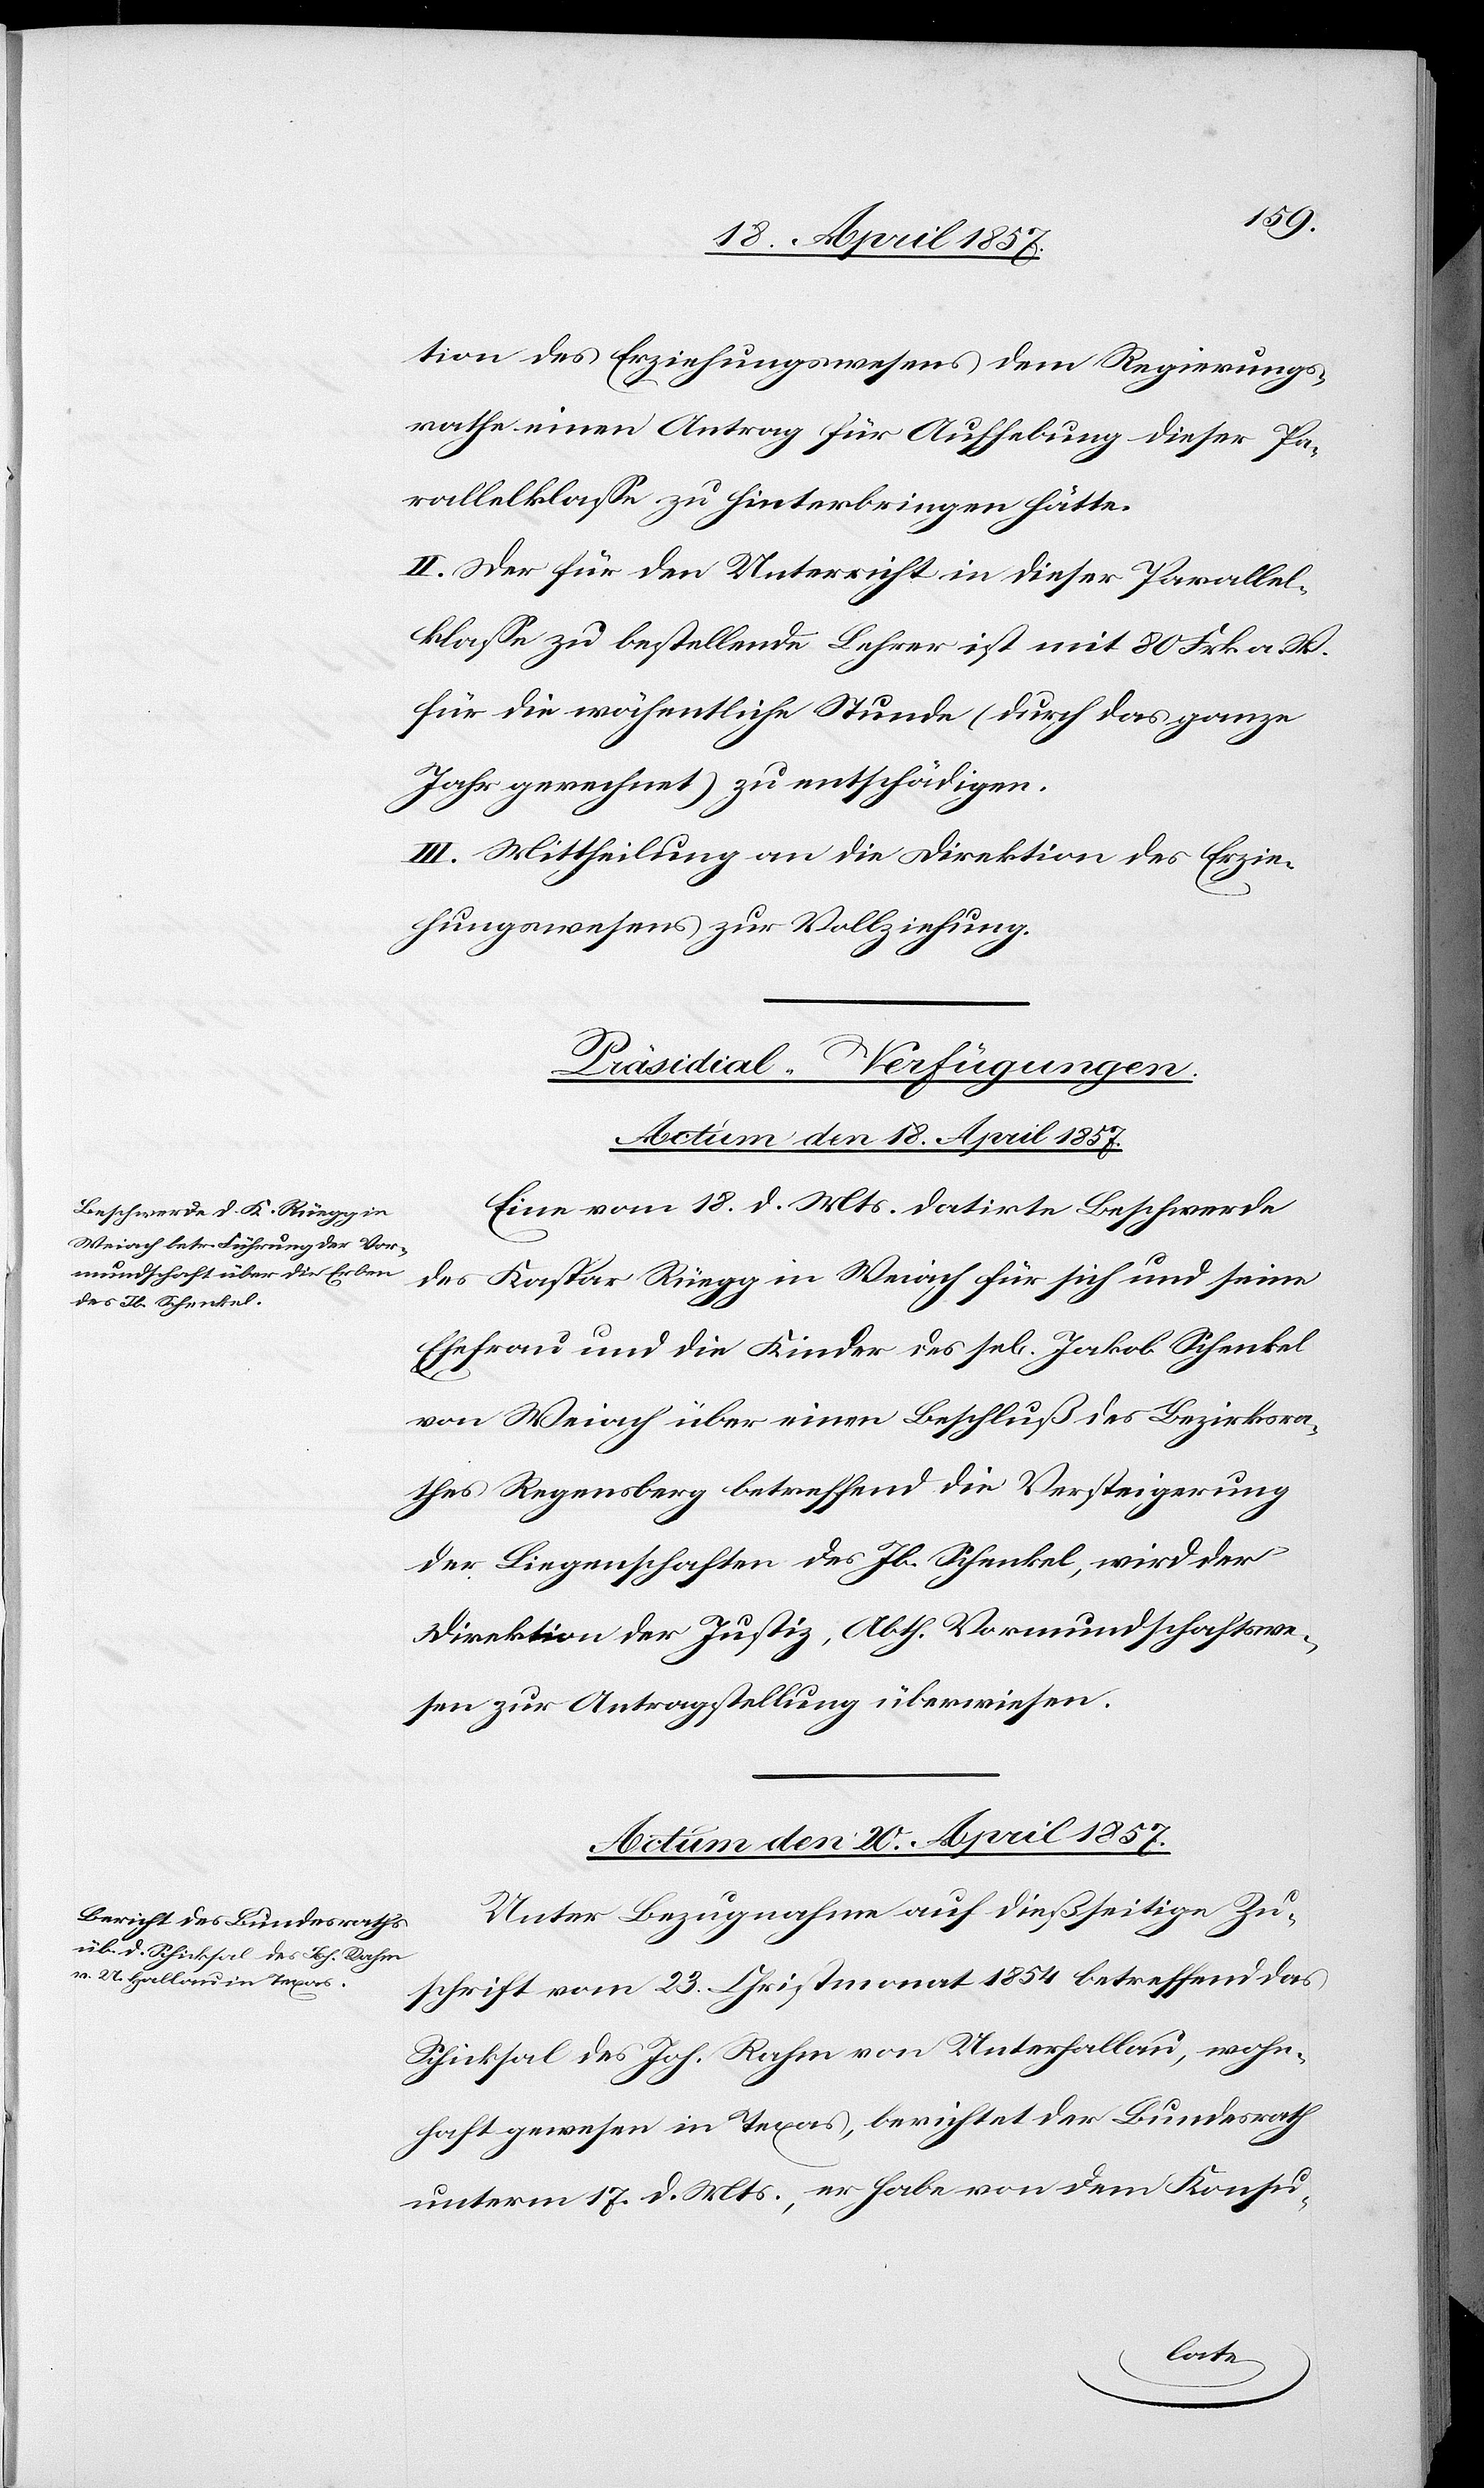
tion des Erziehungswesens dem Regierungs¬
rathe einen Antrag für Aufhebung dieser Pa¬
rallelklasse zu hinterbringen hätte.
II. Der für den Unterricht in dieser Parallel¬
klasse zu bestellende Lehrer ist mit 80 Frk. a. W.
für die wöchentliche Stunde (durch das ganze
Jahr gerechnet) zu entschädigen.
III. Mittheilung an die Direktion des Erzie¬
hungswesens zur Vollziehung.
[Präsidial-Verfügungen.]
Actum den 18. April 1857.
Eine vom 18. d. Mts. datirte Beschwerde
des Kaspar Rüegg in Weiach für sich und seine
Ehefrau und die Kinder des se[ligen] Jakob Schenkel
von Weiach über einen Beschluß des Bezirksra¬
thes Regensberg betreffend die Versteigerung
der Liegenschaften des Jb. Schenkel, wird der
Direktion der Justiz, Abth. Vormundschaftswe¬
sen zur Antragstellung überwiesen.
Actum den 20. April 1857.
Unter Bezugnahme auf dießseitige Zu¬
schrift vom 23. Christmonat 1854 betreffend das
Schicksal des Joh. Rahm von Unterhallau, wohn¬
haft gewesen in Texas, berichtet der Bundesrath
unterm 17. d. Mts., er habe von dem Konsu-